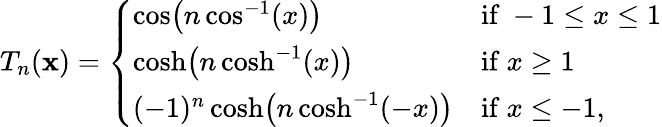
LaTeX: T_{n}(\mathbf{x})={\left\{ \begin{array}{ll}{\cos\! {\big(}n\cos^{-1}(x){\big)}}&{{\mathrm{if~}}-1\leq x\leq 1}\\ {\cosh\! {\big(}n\cosh^{-1}(x){\big)}}&{{\mathrm{if~}}x\geq 1}\\ {(-1)^{n}\cosh\! {\big(}n\cosh^{-1}(-x){\big)}}&{{\mathrm{if~}}x\leq-1,}\end{array}\right.}